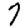
Digit: 7